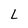
Character: L